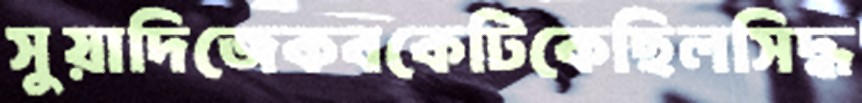
সুয়াদিজেকবকেটিকেছিলসিদ্ধ